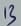
Text: 13